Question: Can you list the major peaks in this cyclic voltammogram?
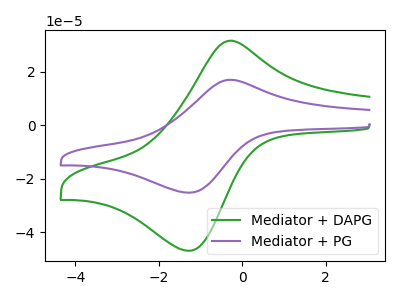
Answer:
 <answer>The green curve "Mediator + DAPG" has an anodic peak at (-0.30V, 31.65uA) and a cathodic peak at (-1.25V, -46.95uA). The purple curve "Mediator + PG" has an anodic peak at (-0.30V, 17.00uA) and a cathodic peak at (-1.25V, -25.25uA).</answer>
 <eval></eval>